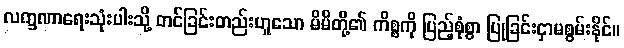
လက္ခဏာရေးသုံးပါးသို့ တင်ခြင်းတည်းဟူသော မိမိတို့၏ ကိစ္စကို ပြည့်စုံစွာ ပြုခြင်းငှာမစွမ်းနိုင်။